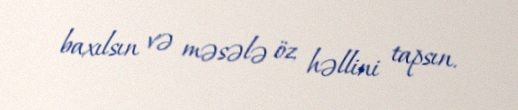
baxılsın və məsələ öz həllini tapsın.